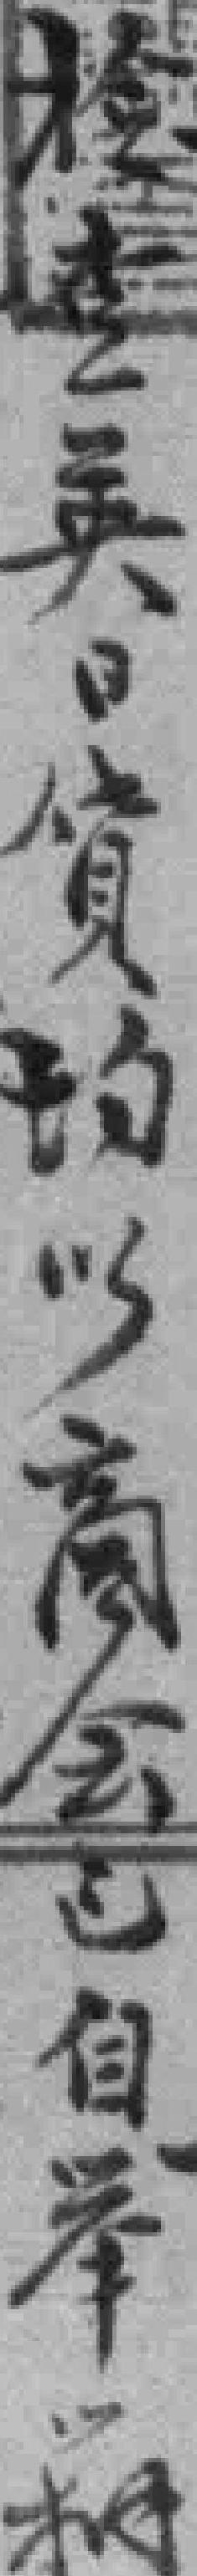
检查英日貨均以商会以自举*